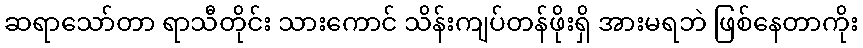
ဆရာသော်တာ ရာသီတိုင်း သားကောင် သိန်းကျပ်တန်ဖိုးရှိ အားမရဘဲ ဖြစ်နေတာကိုး